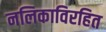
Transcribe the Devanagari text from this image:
नलिकाविरहित